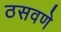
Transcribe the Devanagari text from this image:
ठसवणे